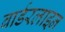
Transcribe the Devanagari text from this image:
बार्डरलाइन